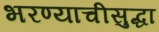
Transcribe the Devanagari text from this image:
भरण्याचीसुद्धा